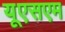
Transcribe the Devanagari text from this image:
यूएसएम